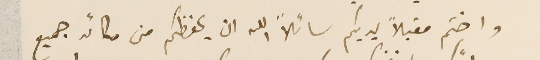
واختم مقبلاً يديكم سائلاً الله ان يحفظكم من مكائد جميع